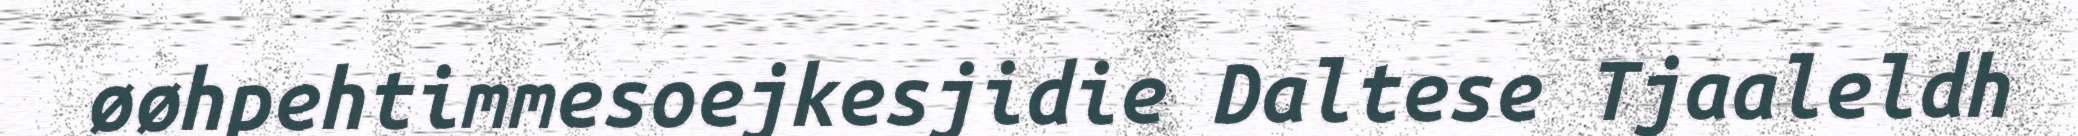
øøhpehtimmesoejkesjidie Daltese Tjaaleldh